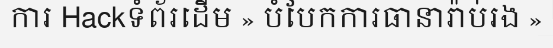
ការ Hackទំព័រដើម » បំបែកការធានារ៉ាប់រង »